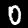
Label: 0